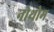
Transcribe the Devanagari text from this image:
नोथोम